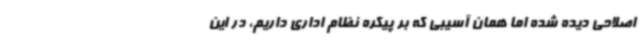
اصلاحی دیده شده اما همان آسیبی که بر پیکره نظام اداری داریم، در این